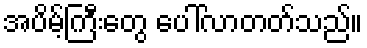
အပိမ့်ကြီးတွေ ပေါ်လာတတ်သည်။